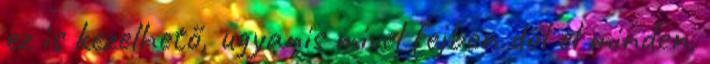
ez is kezelhető, ugyanis mivel fejben dől el minden,